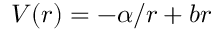
V ( r ) = - \alpha / r + b r